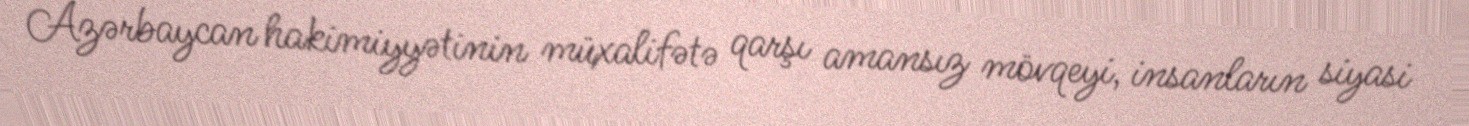
Azərbaycan hakimiyyətinin müxalifətə qarşı amansız mövqeyi, insanların siyasi